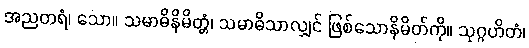
အညတရံ၊ သော။ သမာဓိနိမိတ္တံ၊ သမာဓိသာလျှင် ဖြစ်သောနိမိတ်ကို။ သုဂ္ဂဟိတံ၊